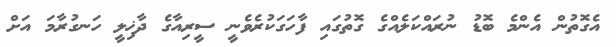
އެގޮތުން އެންމެ ބޮޑު ނުރައްކަލެއްގެ ގޮތުގައި ފާހަގަކުރެވެނީ ސީރިއާގެ ދާޚިލީ ހަނގުރާމަ އަށް